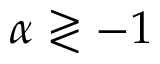
\alpha \gtrless - 1